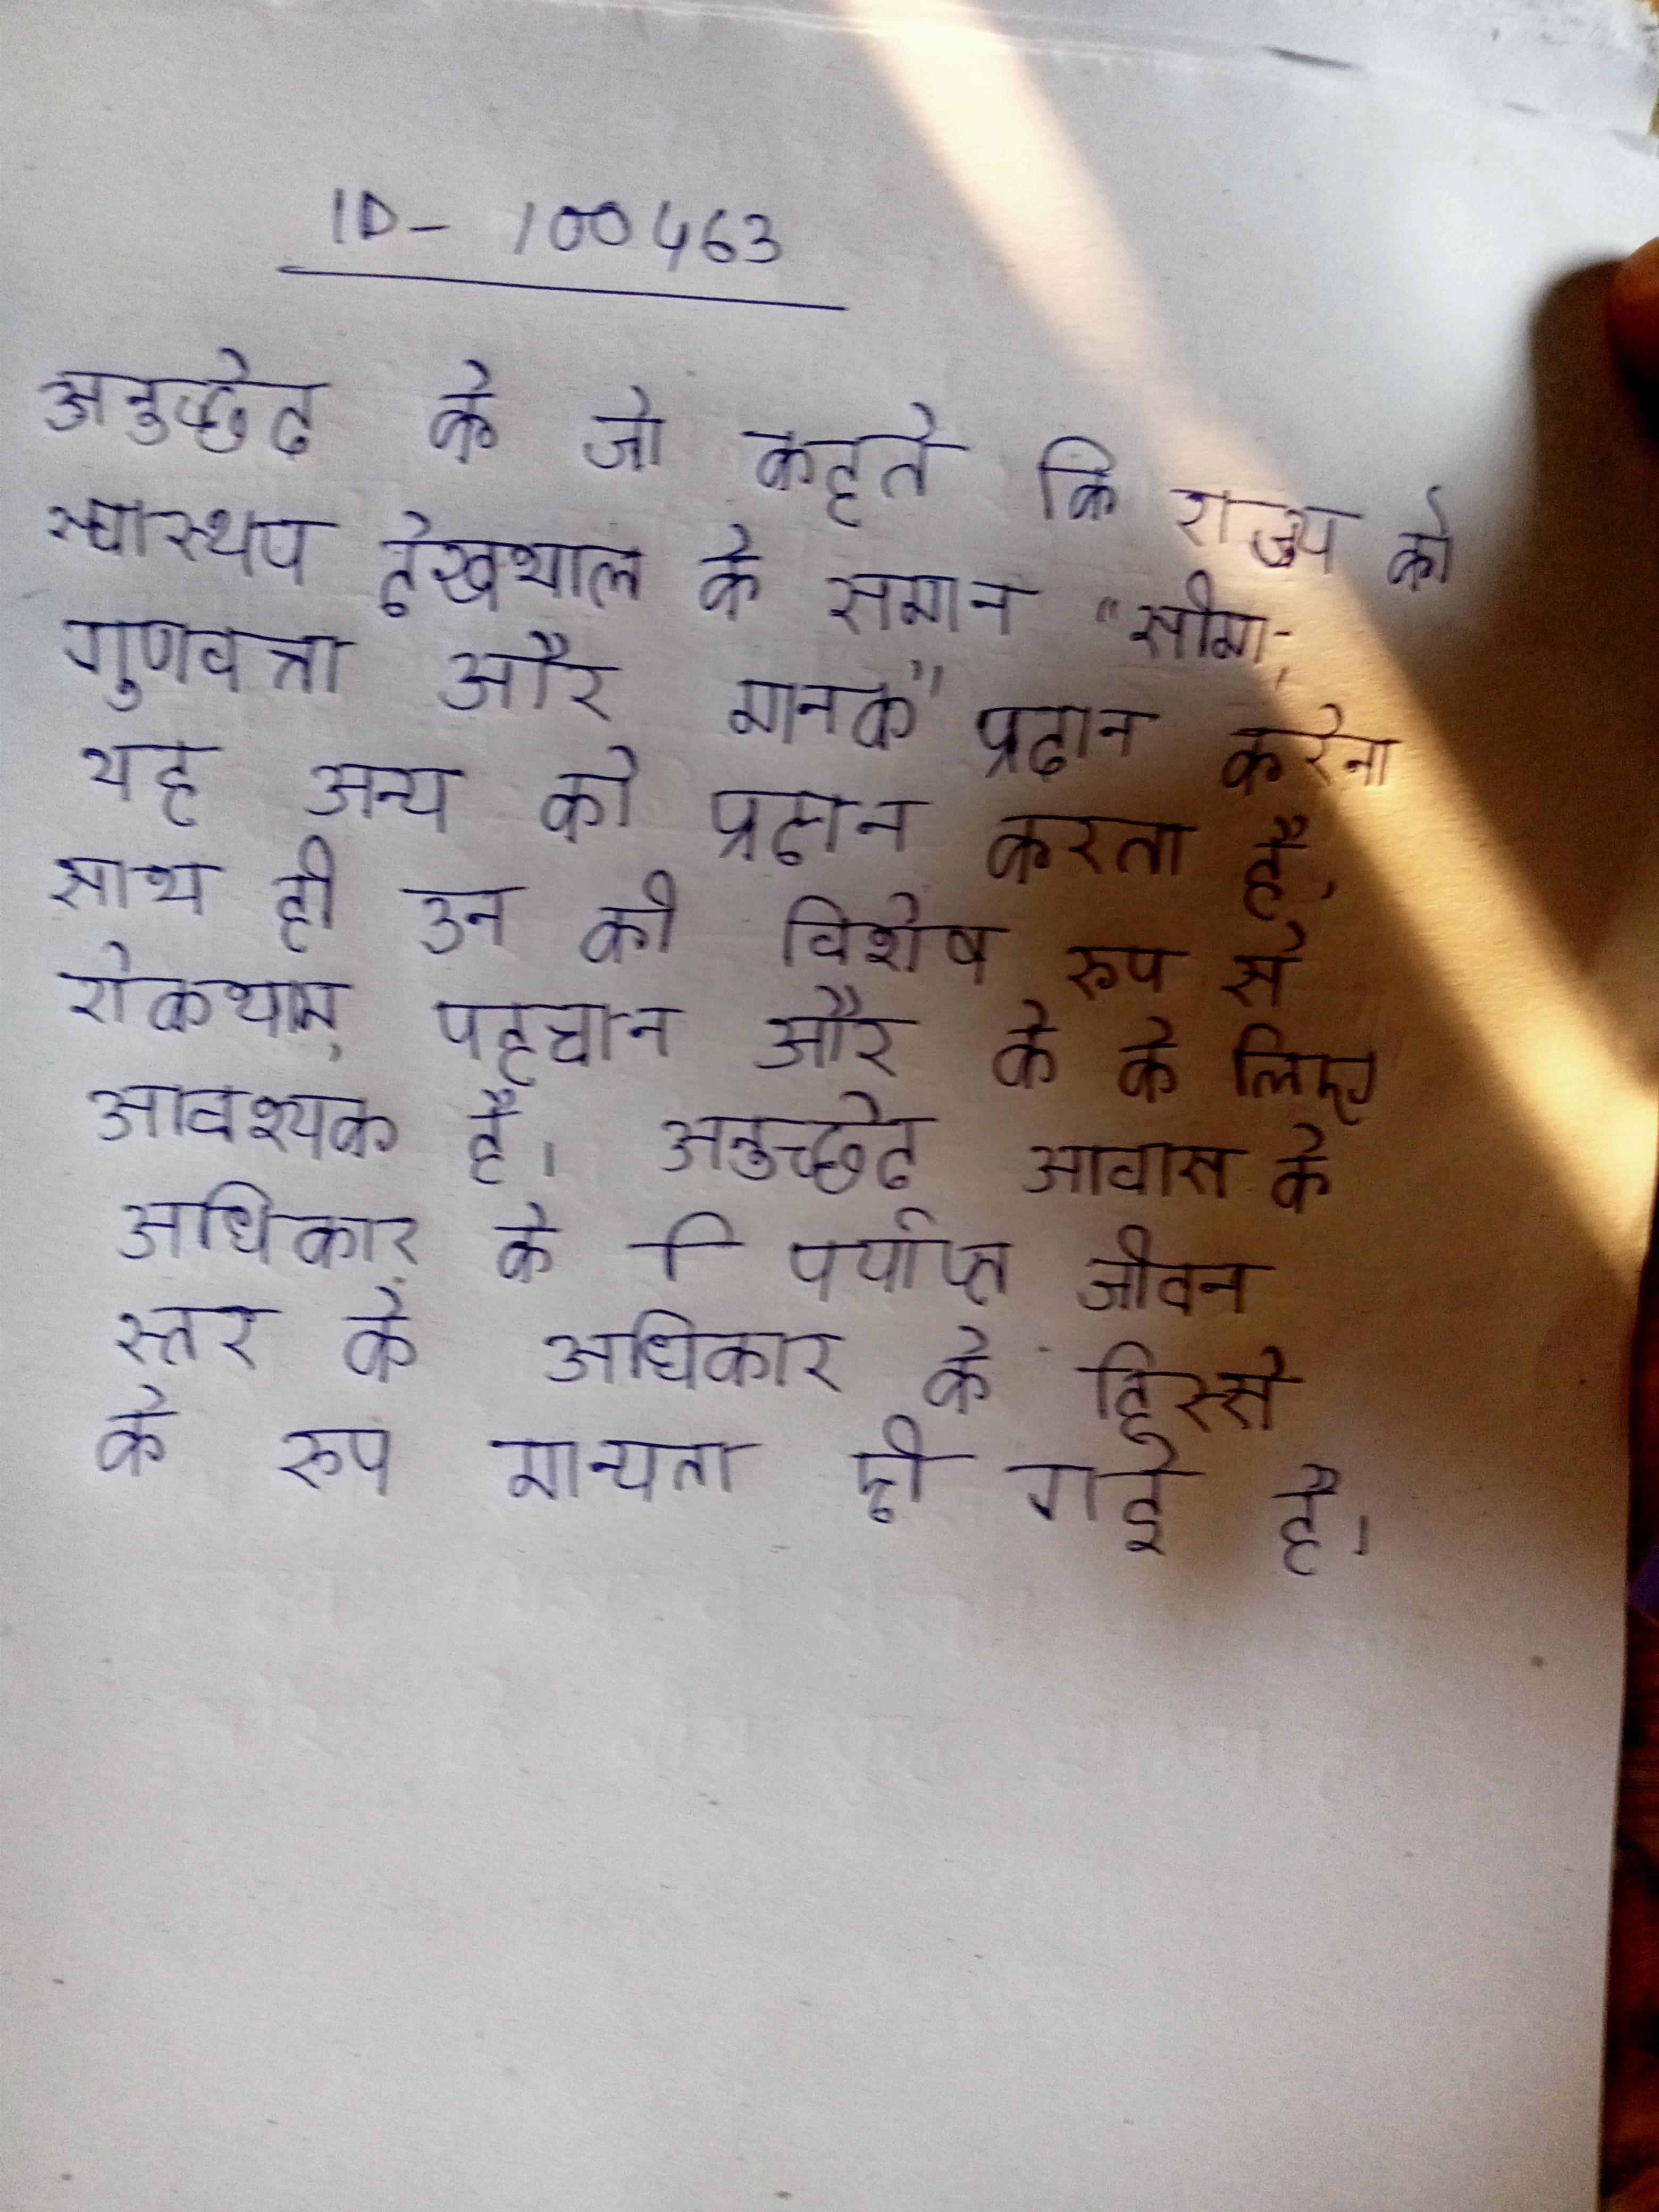
अनुच्छेद के जो कहते कि राज्य को स्वास्थ्य देखभाल के समान "सीमा, गुणवत्ता और मानक" प्रदान करेगा यह अन्य को प्रदान करता है, साथ ही उन को विशेष रूप से रोकथाम, पहचान और के के लिए आवश्यक है । अनुच्छेद आवास के अधिकार को पर्याप्त जीवन स्तर के अधिकार के हिस्से के रूप मान्यता दी गई है ।